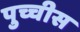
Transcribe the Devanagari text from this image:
पुच्चीस